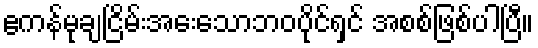
ဧကန်မုချငြိမ်းအေးသောဘဝပိုင်ရှင် အစစ်ဖြစ်ပါပြီ။